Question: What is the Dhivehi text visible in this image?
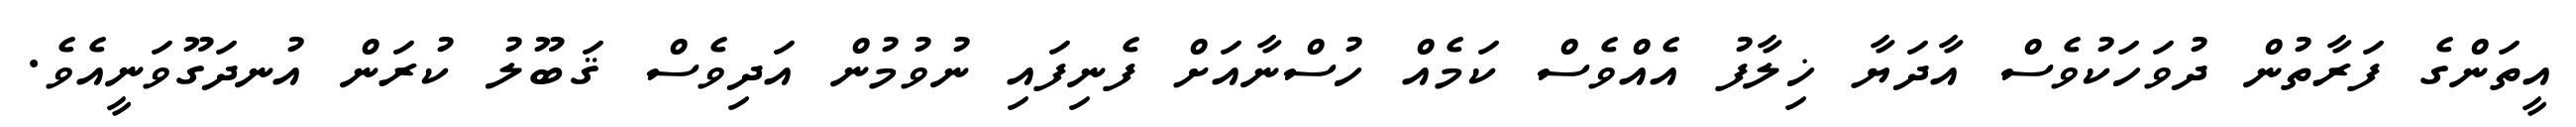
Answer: އީތަންގެ ފަރާތުން ދުވަހަކުވެސް އާދަޔާ ޚިލާފު އެއްވެސް ކަމެއް ހުސްނާއަށް ފެނިފައި ނުވުމުން އަދިވެސް ޤަބޫލު ކުރަން އުނދަގޫވަނީއެވެ.